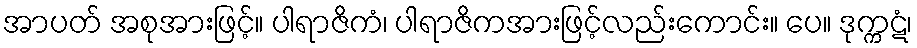
အာပတ် အစုအားဖြင့်။ ပါရာဇိကံ၊ ပါရာဇိကအားဖြင့်လည်းကောင်း။ ပေ။ ဒုက္ကဋံ၊